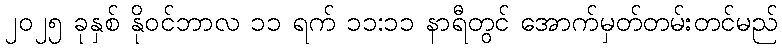
၂၀၂၅ ခုနှစ် နိုဝင်ဘာလ ၁၁ ရက် ၁၁:၁၁ နာရီတွင် အောက်မှတ်တမ်းတင်မည်